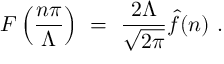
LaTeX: F \left( { \frac { n \pi } { \Lambda } } \right) \ = \ { \frac { 2 \Lambda } { \sqrt { 2 \pi } } } \hat { f } ( n ) \ .